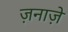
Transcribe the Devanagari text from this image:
ज़नाज़े